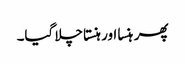
پھر ہنسا اور ہنستا چلا گیا۔